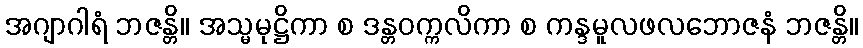
အဂျာဂါရံ ဘဇန္တိ။ အသ္မမုဋ္ဌိကာ စ ဒန္တဝက္ကလိကာ စ ကန္ဒမူလဖလဘောဇနံ ဘဇန္တိ။